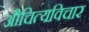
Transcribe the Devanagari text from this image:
औचित्यविचार